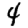
Digit: 4